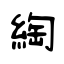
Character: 綯